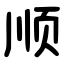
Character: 顺